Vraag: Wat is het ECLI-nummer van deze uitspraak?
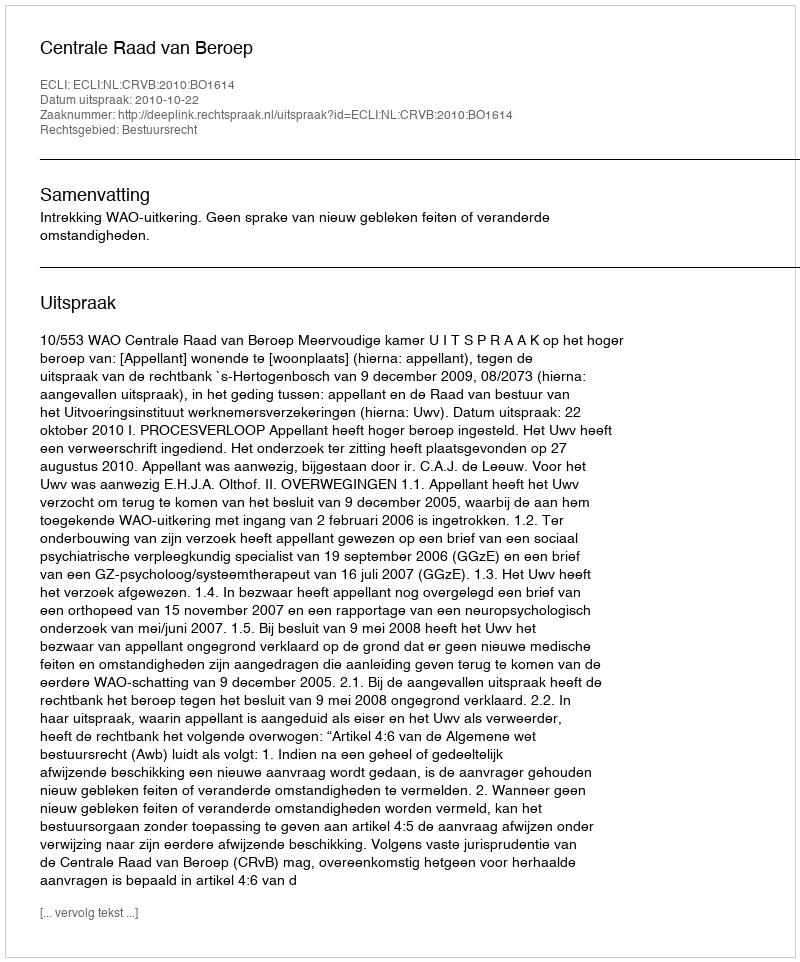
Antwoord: ECLI:NL:CRVB:2010:BO1614